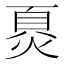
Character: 𬊪